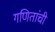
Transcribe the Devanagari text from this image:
गणितांची